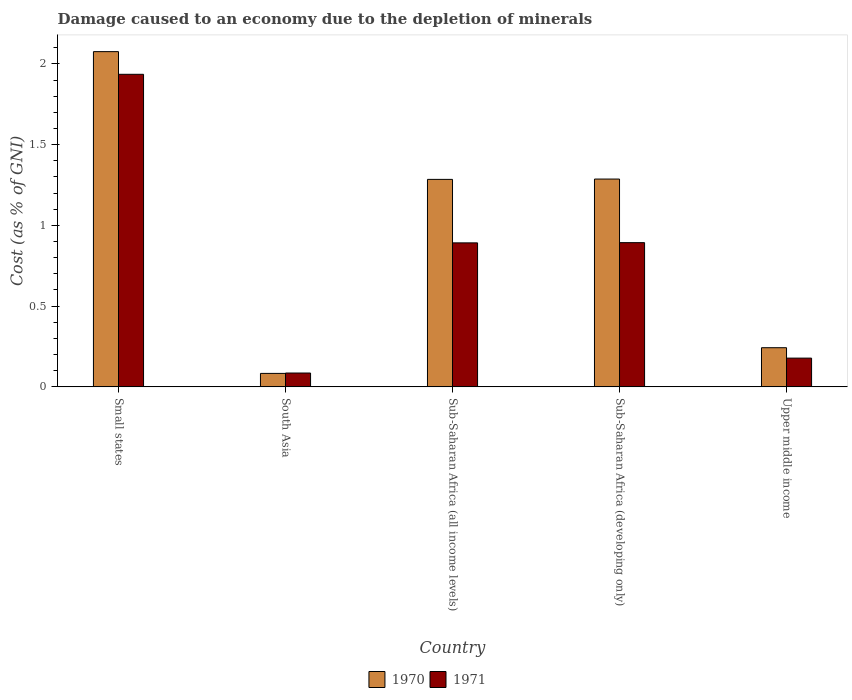
| Country | 1970 | 1971 |
 | --- | --- | --- |
 | Small states | 2.08 | 1.94 |
 | South Asia | 0.0834 | 0.0858 |
 | Sub-Saharan Africa (all income levels) | 1.28 | 0.892 |
 | Sub-Saharan Africa (developing only) | 1.29 | 0.893 |
 | Upper middle income | 0.243 | 0.178 |